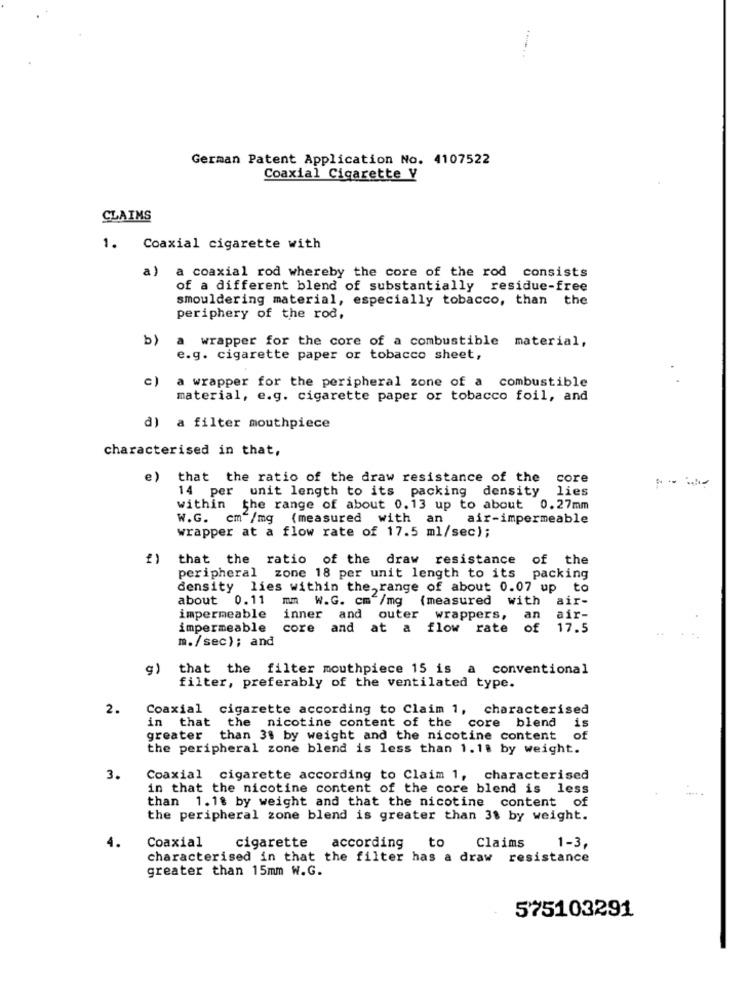
German Patent Application No. 4107522
Coaxial Cigarette V
CLAIMS
1. Coaxial cigarette with
a) a coaxial rod whereby the core of the rod consists
of a different blend of substantially residue-free
smouldering material, especially tobacco, than the
periphery of the rod,
b)
wrapper for the core of a combustible material,
e.g. cigarette paper or tobacco sheet,
c)
a wrapper for the peripheral zone of a combustible
material, e.g. cigarette paper or tobacco foil, and
d) a filter mouthpiece
characterised in that,
e) that the ratio of the draw resistance of the core
14 per unit length to its packing density lies
within the range of about 0.13 up to about 0.27mm
W.G. cm /mg (measured with an
air-impermeable
wrapper at a flow rate of 17.5 ml/sec);
that the ratio of the draw resistance
of the
peripheral zone 18 per unit length to its packing
density lies within the, range of about 0.07 up to
about 0.11 mm W.G. cm /mg (measured with
air-
impermeable
inner and outer wrappers,
an
air-
impermeable core and at a flow rate
of
17.5
m./sec); and
g)
that the filter mouthpiece 15 is a conventional
filter, preferably of the ventilated type.
2.
Coaxial cigarette according to Claim 1, characterised
in that the nicotine content of the core blend
is
greater than 31 by weight and the nicotine content of
the peripheral zone blend is less than 1.1. by weight.
3.
Coaxial cigarette according to Claim 1, characterised
in that the nicotine content of the core blend is less
than 1.18 by weight and that the nicotine content of
the peripheral zone blend is greater than 3$ by weight.
Coaxial
cigarette according to
Claims
1-3,
characterised in that the filter has a draw resistance
greater than 15mm W.G.
575103291